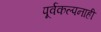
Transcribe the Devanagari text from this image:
पूर्वकल्पनाही